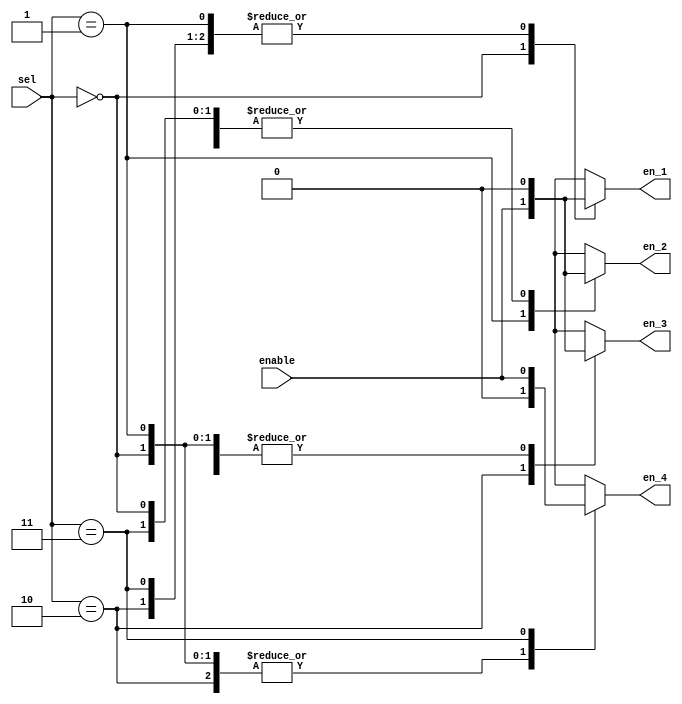
`timescale 1ns / 1ps
//////////////////////////////////////////////////////////////////////////////////
// Company: 
// Engineer: 
// 
// Design Name: 
// Module Name: demux_1_to_4
// Project Name: 
// Target Devices: 
// Tool Versions: 
// Description: 
// 
// Dependencies: 
// 
// Revision:
// Revision 0.01 - File Created
// Additional Comments:
// 
//////////////////////////////////////////////////////////////////////////////////


module demux_1_to_4(
input enable,
input [1:0] sel,
output reg en_1,
output reg en_2,
output reg en_3,
output reg en_4
);

always@(*)
begin
  case(sel)
    2'b00: begin en_1 = enable; en_2 = 1'b0; en_3 = 1'b0; en_4 = 1'b0; end
    2'b01: begin en_1 = 1'b0; en_2 = enable; en_3 = 1'b0; en_4 = 1'b0; end
    2'b10: begin en_1 = 1'b0; en_2 = 1'b0; en_3 = enable; en_4 = 1'b0; end
    2'b11: begin en_1 = 1'b0; en_2 = 1'b0; en_3 = 1'b0; en_4 = enable; end
    default: begin en_1 = 1'b0; en_2 = 1'b0; en_3 = 1'b0; en_4 = enable; end
  endcase  
end
endmodule